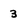
Character: 3